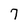
Character: 7